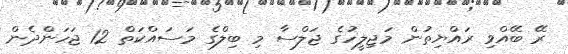
ރޭ ބޭއްވި ރައްޔިތުން މަޖިލީހުގެ ޖަލްސާ މި ބިލްގެ މަަސައްކަތް 12 ޖަހަންދެން